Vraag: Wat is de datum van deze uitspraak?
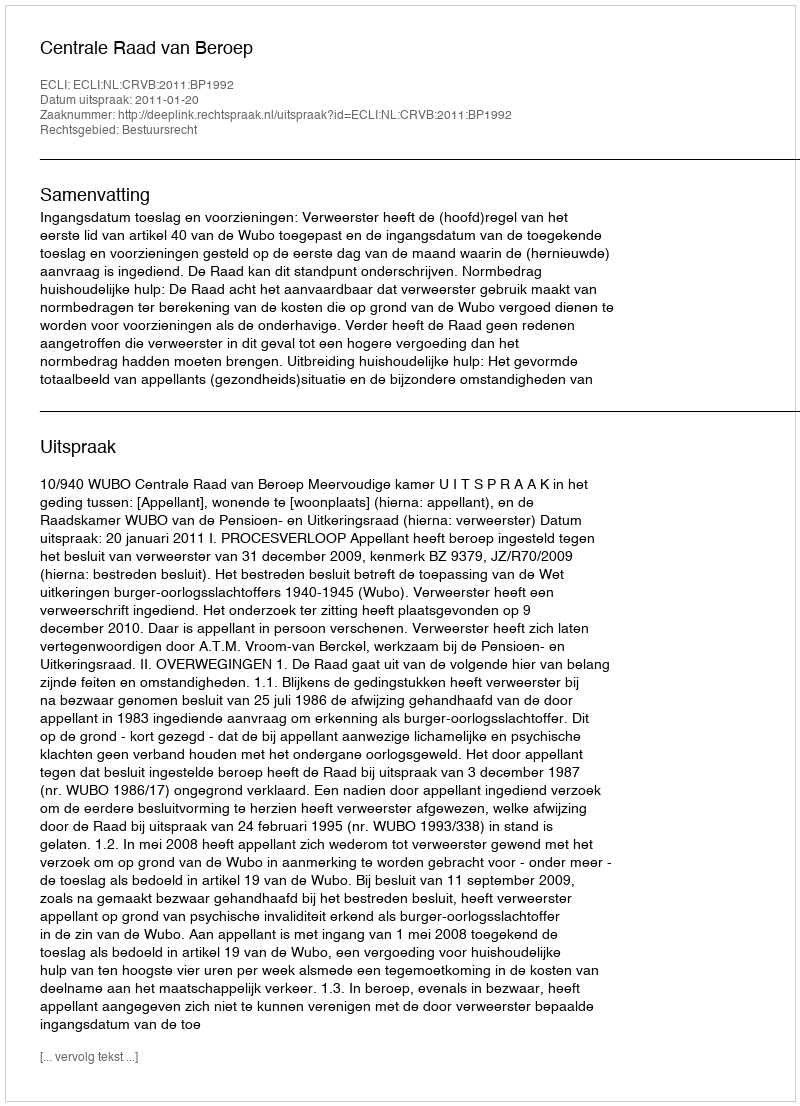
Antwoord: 2011-01-20